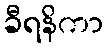
ခီရနိကာ